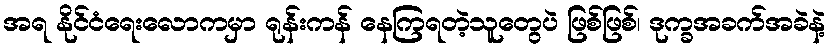
အရ နိုင်ငံရေးလောကမှာ ရုန်းကန် နေကြရတဲ့သူတွေပဲ ဖြစ်ဖြစ်၊ ဒုက္ခအခက်အခဲနဲ့